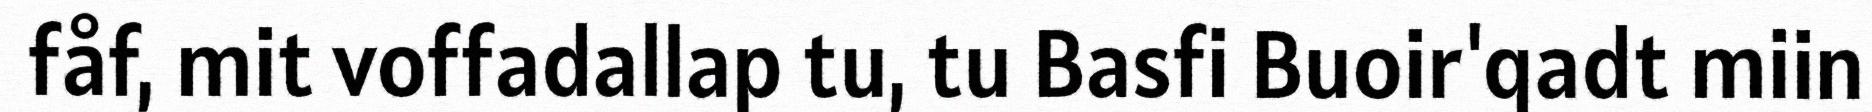
fåf, mit voffadallap tu, tu Basfi Buoir'qadt miin